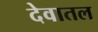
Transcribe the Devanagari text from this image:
देवातल